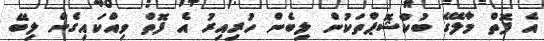
އެ ފޮތް މާލޭގެ ބުކްޝޮޕްތަކުން ލިބެން ހުރިއިރު އެ ފޮތް ވިއްކައިގެން ލިބޭ